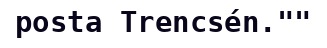
posta Trencsén.""